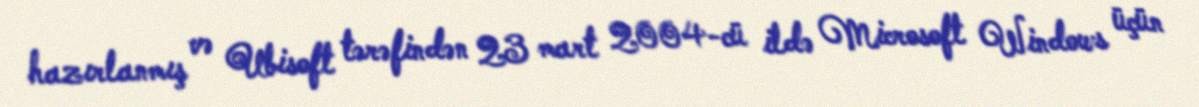
hazırlanmış və Ubisoft tərəfindən 23 mart 2004-cü ildə Microsoft Windows üçün